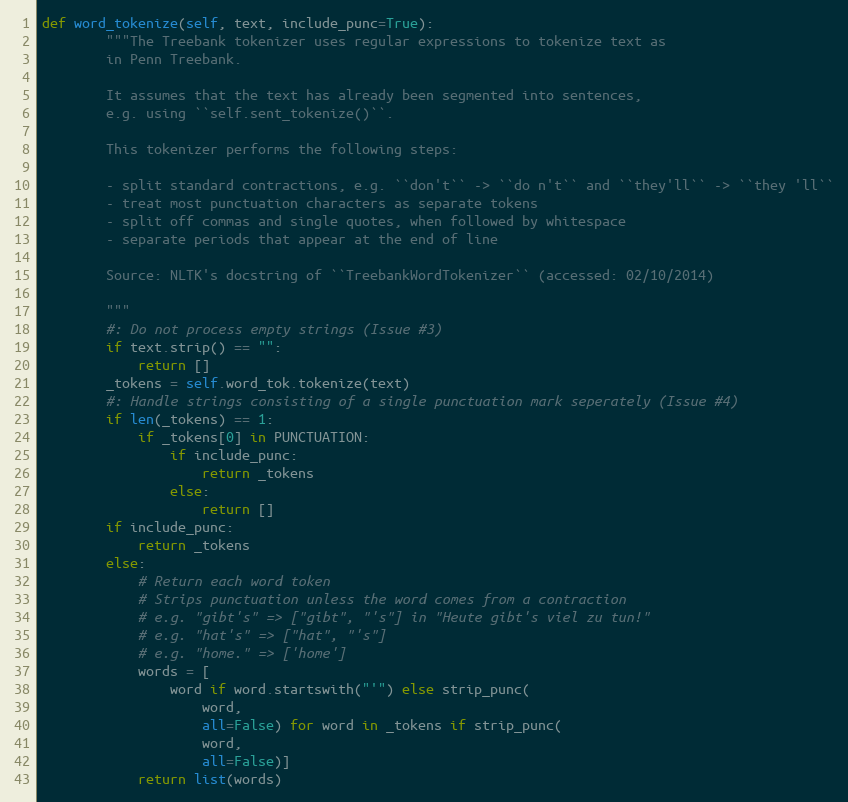
Language: Python
def word_tokenize(self, text, include_punc=True):
        """The Treebank tokenizer uses regular expressions to tokenize text as
        in Penn Treebank.

        It assumes that the text has already been segmented into sentences,
        e.g. using ``self.sent_tokenize()``.

        This tokenizer performs the following steps:

        - split standard contractions, e.g. ``don't`` -> ``do n't`` and ``they'll`` -> ``they 'll``
        - treat most punctuation characters as separate tokens
        - split off commas and single quotes, when followed by whitespace
        - separate periods that appear at the end of line

        Source: NLTK's docstring of ``TreebankWordTokenizer`` (accessed: 02/10/2014)

        """
        #: Do not process empty strings (Issue #3)
        if text.strip() == "":
            return []
        _tokens = self.word_tok.tokenize(text)
        #: Handle strings consisting of a single punctuation mark seperately (Issue #4)
        if len(_tokens) == 1:
            if _tokens[0] in PUNCTUATION:
                if include_punc:
                    return _tokens
                else:
                    return []
        if include_punc:
            return _tokens
        else:
            # Return each word token
            # Strips punctuation unless the word comes from a contraction
            # e.g. "gibt's" => ["gibt", "'s"] in "Heute gibt's viel zu tun!"
            # e.g. "hat's" => ["hat", "'s"]
            # e.g. "home." => ['home']
            words = [
                word if word.startswith("'") else strip_punc(
                    word,
                    all=False) for word in _tokens if strip_punc(
                    word,
                    all=False)]
            return list(words)